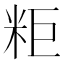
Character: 粔